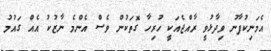
އެމަނިކުފާނު ވިދާޅުވީ ރާއްޖެއަކީ ހުރިހާ ގޮތަކުން ވެސް އެންމެ ނާޒުކު އެއް ގައުމު